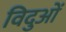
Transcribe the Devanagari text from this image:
विदुओं